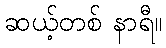
ဆယ့်တစ် နာရီ။